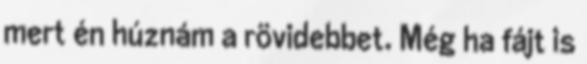
mert én húznám a rövidebbet. Még ha fájt is